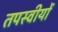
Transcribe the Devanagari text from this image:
तपस्वीयों